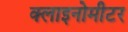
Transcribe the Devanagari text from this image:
क्लाइनोमीटर